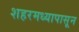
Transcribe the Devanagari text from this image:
शहरमध्यापासून